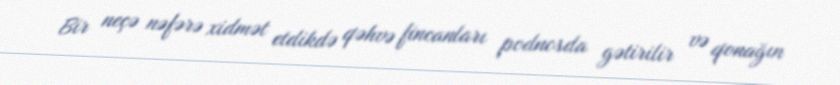
Bir neçə nəfərə xidmət etdikdə qəhvə fincanları podnosda gətirilir və qonağın